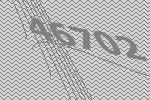
46702